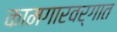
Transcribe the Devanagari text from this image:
कामगारवर्गात